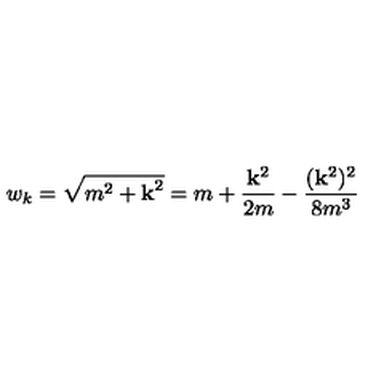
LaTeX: w _ { k } = \sqrt { m ^ { 2 } + { \bf k } ^ { 2 } } = m + \frac { { \bf k } ^ { 2 } } { 2 m } - \frac { ( { \bf k } ^ { 2 } ) ^ { 2 } } { 8 m ^ { 3 } }